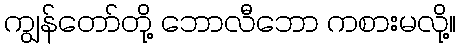
ကျွန်တော်တို့ ဘောလီဘော ကစားမလို့။